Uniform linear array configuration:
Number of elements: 24
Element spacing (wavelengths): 0.25
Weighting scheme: uniform
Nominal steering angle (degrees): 30
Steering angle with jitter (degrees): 29.153
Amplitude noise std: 0.05
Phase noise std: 0.05

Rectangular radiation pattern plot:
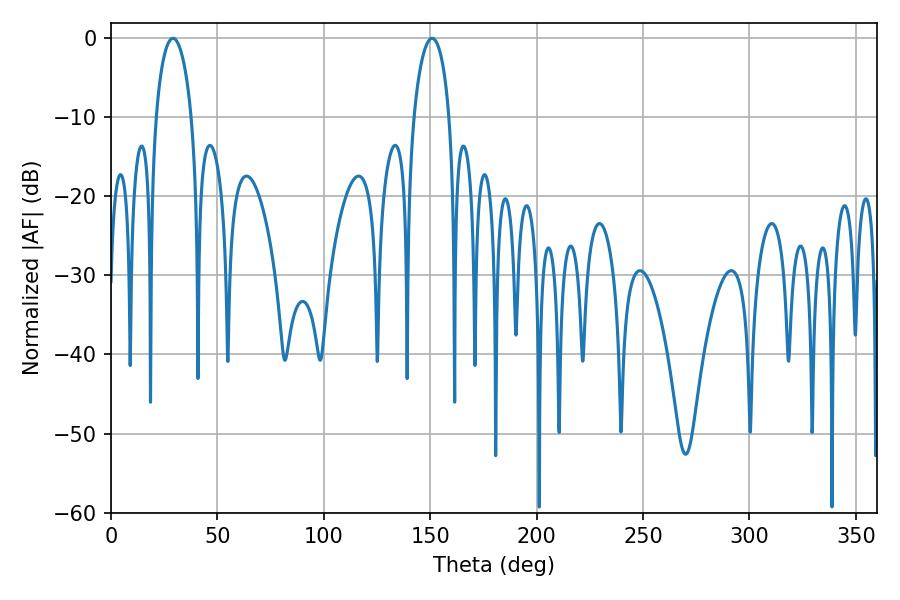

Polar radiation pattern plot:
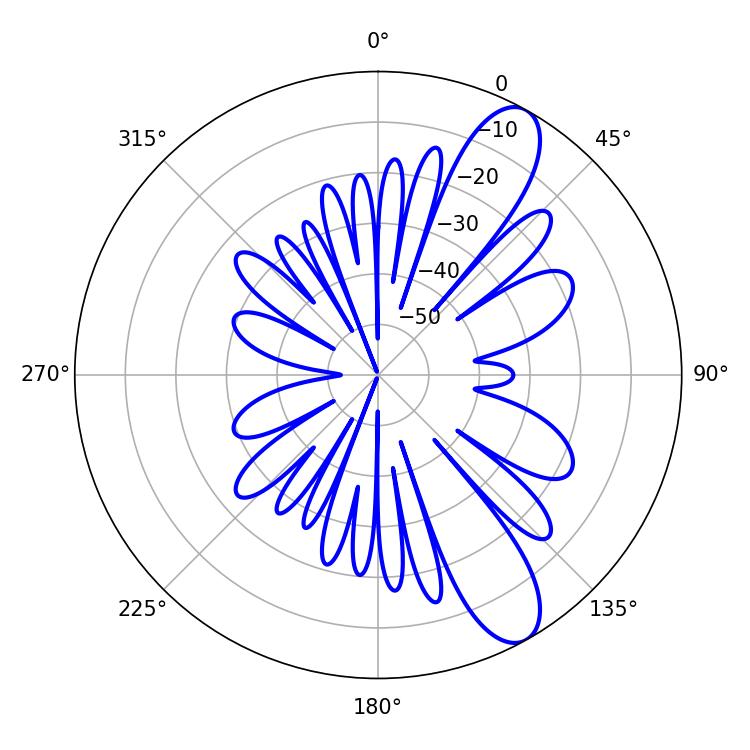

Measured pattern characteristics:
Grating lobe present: FALSE
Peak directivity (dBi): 10.366
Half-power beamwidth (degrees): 9.54
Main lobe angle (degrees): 29.16